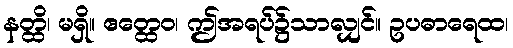
နတ္ထိ၊ မရှိ။ ဧတ္ထေဝ၊ ဤအရပ်၌သာလျှင်။ ဥပဓာရေထ၊